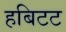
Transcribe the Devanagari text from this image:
हबिटट